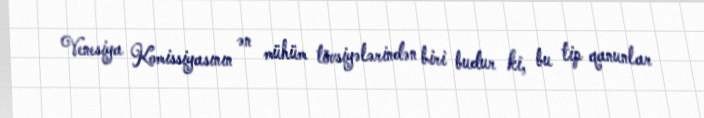
Venesiya Komissiyasının ən mühüm tövsiyələrindən biri budur ki, bu tip qanunlar